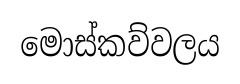
මොස්කව්වලය